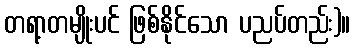
တရာ့တမျိုးပင် ဖြစ်နိုင်သော ပညပ်တည်း)။